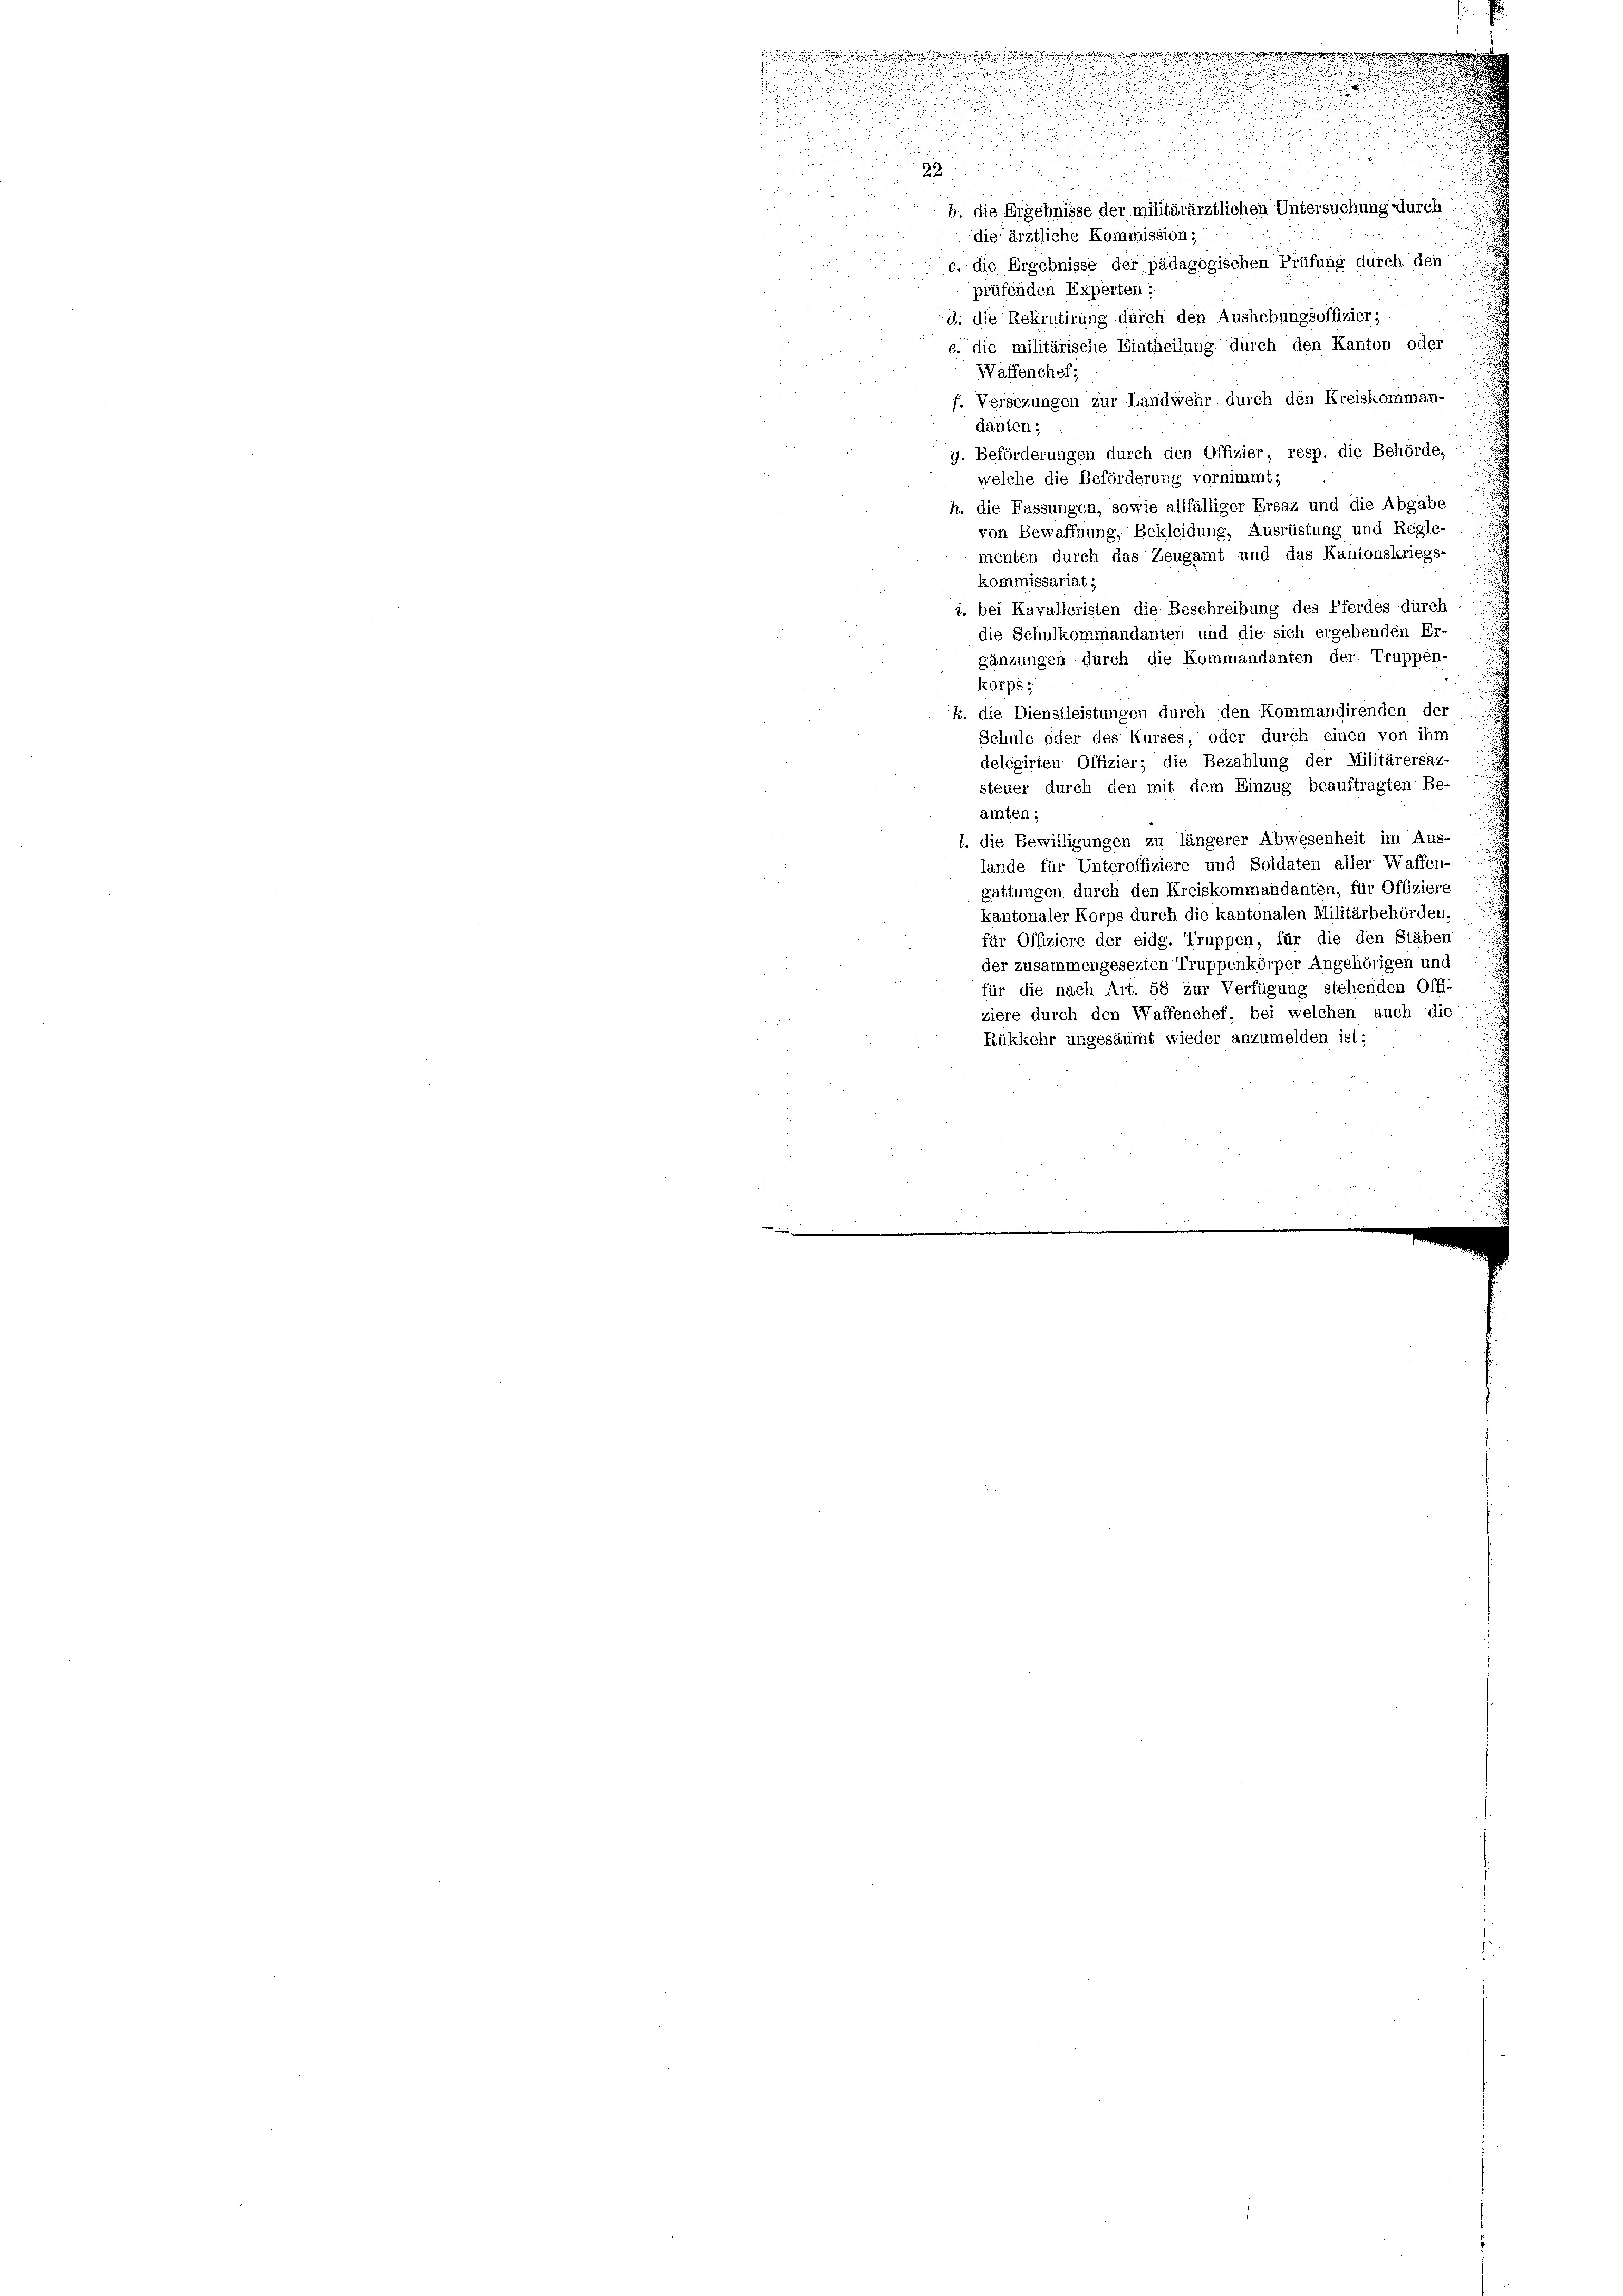
e

.
.

.
u
.
22

b. die Ergebnisse der militärärztlichen Untersuchung durch
die ärztliche Kommission;
c. die Ergebnisse der pädagogischen Prüfung durch den :
prüfenden Experten
a
d. die Rekrutirung durch den Aushebungsoffizier;
c. die militärische Eintheilung durch den Kanton oder
Waffenchef;
f. Versezungen zur Landwehr durch den Kreiskomman-
danten;
g. Beförderungen durch den Offizier, resp. die Behörde,
welche die Beförderung vornimmt;
h. die Fassungen, sowie allfälliger Ersaz und die Abgabe
von Bewaffnung, Bekleidung, Ausrüstung und Regle-
menten durch das Zeugamt und das Kantonskriegs-
kommissariat ;
i. bei Kavalleristen die Beschreibung des Pferdes durch
die Schulkommandanten und die sich ergebenden Er-
gänzungen durch die Kommandanten der Truppen-
korps;
k. die Dienstleistungen durch den Kommandirenden der
Schule oder des Kurses, oder durch einen von ihm
delegirten Offizier; die Bezahlung der Militärersaz-
steuer durch den mit dem Einzug beauftragten Be-
amten;
l. die Bewilligungen zu längerer Abwesenheit im Aus-
lände für Unteroffiziere und Soldaten aller Waffen-
gattungen durch den Kreiskommandanten, für Offiziere
kantonaler Korps durch die kantonalen Militärbehörden,
für Offiziere der eidg. Truppen, für die den Stäben
der zusammengesezten Truppenkörper Angehörigen und
für die nach Art. 58 zur Verfügung stehenden Offi-
ziere durch den Waffenchef, bei welchen auch die

Rükkehr ungesäumt wieder anzumelden ist;
i
u